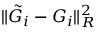
\| \tilde { G } _ { i } - G _ { i } \| _ { R } ^ { 2 }